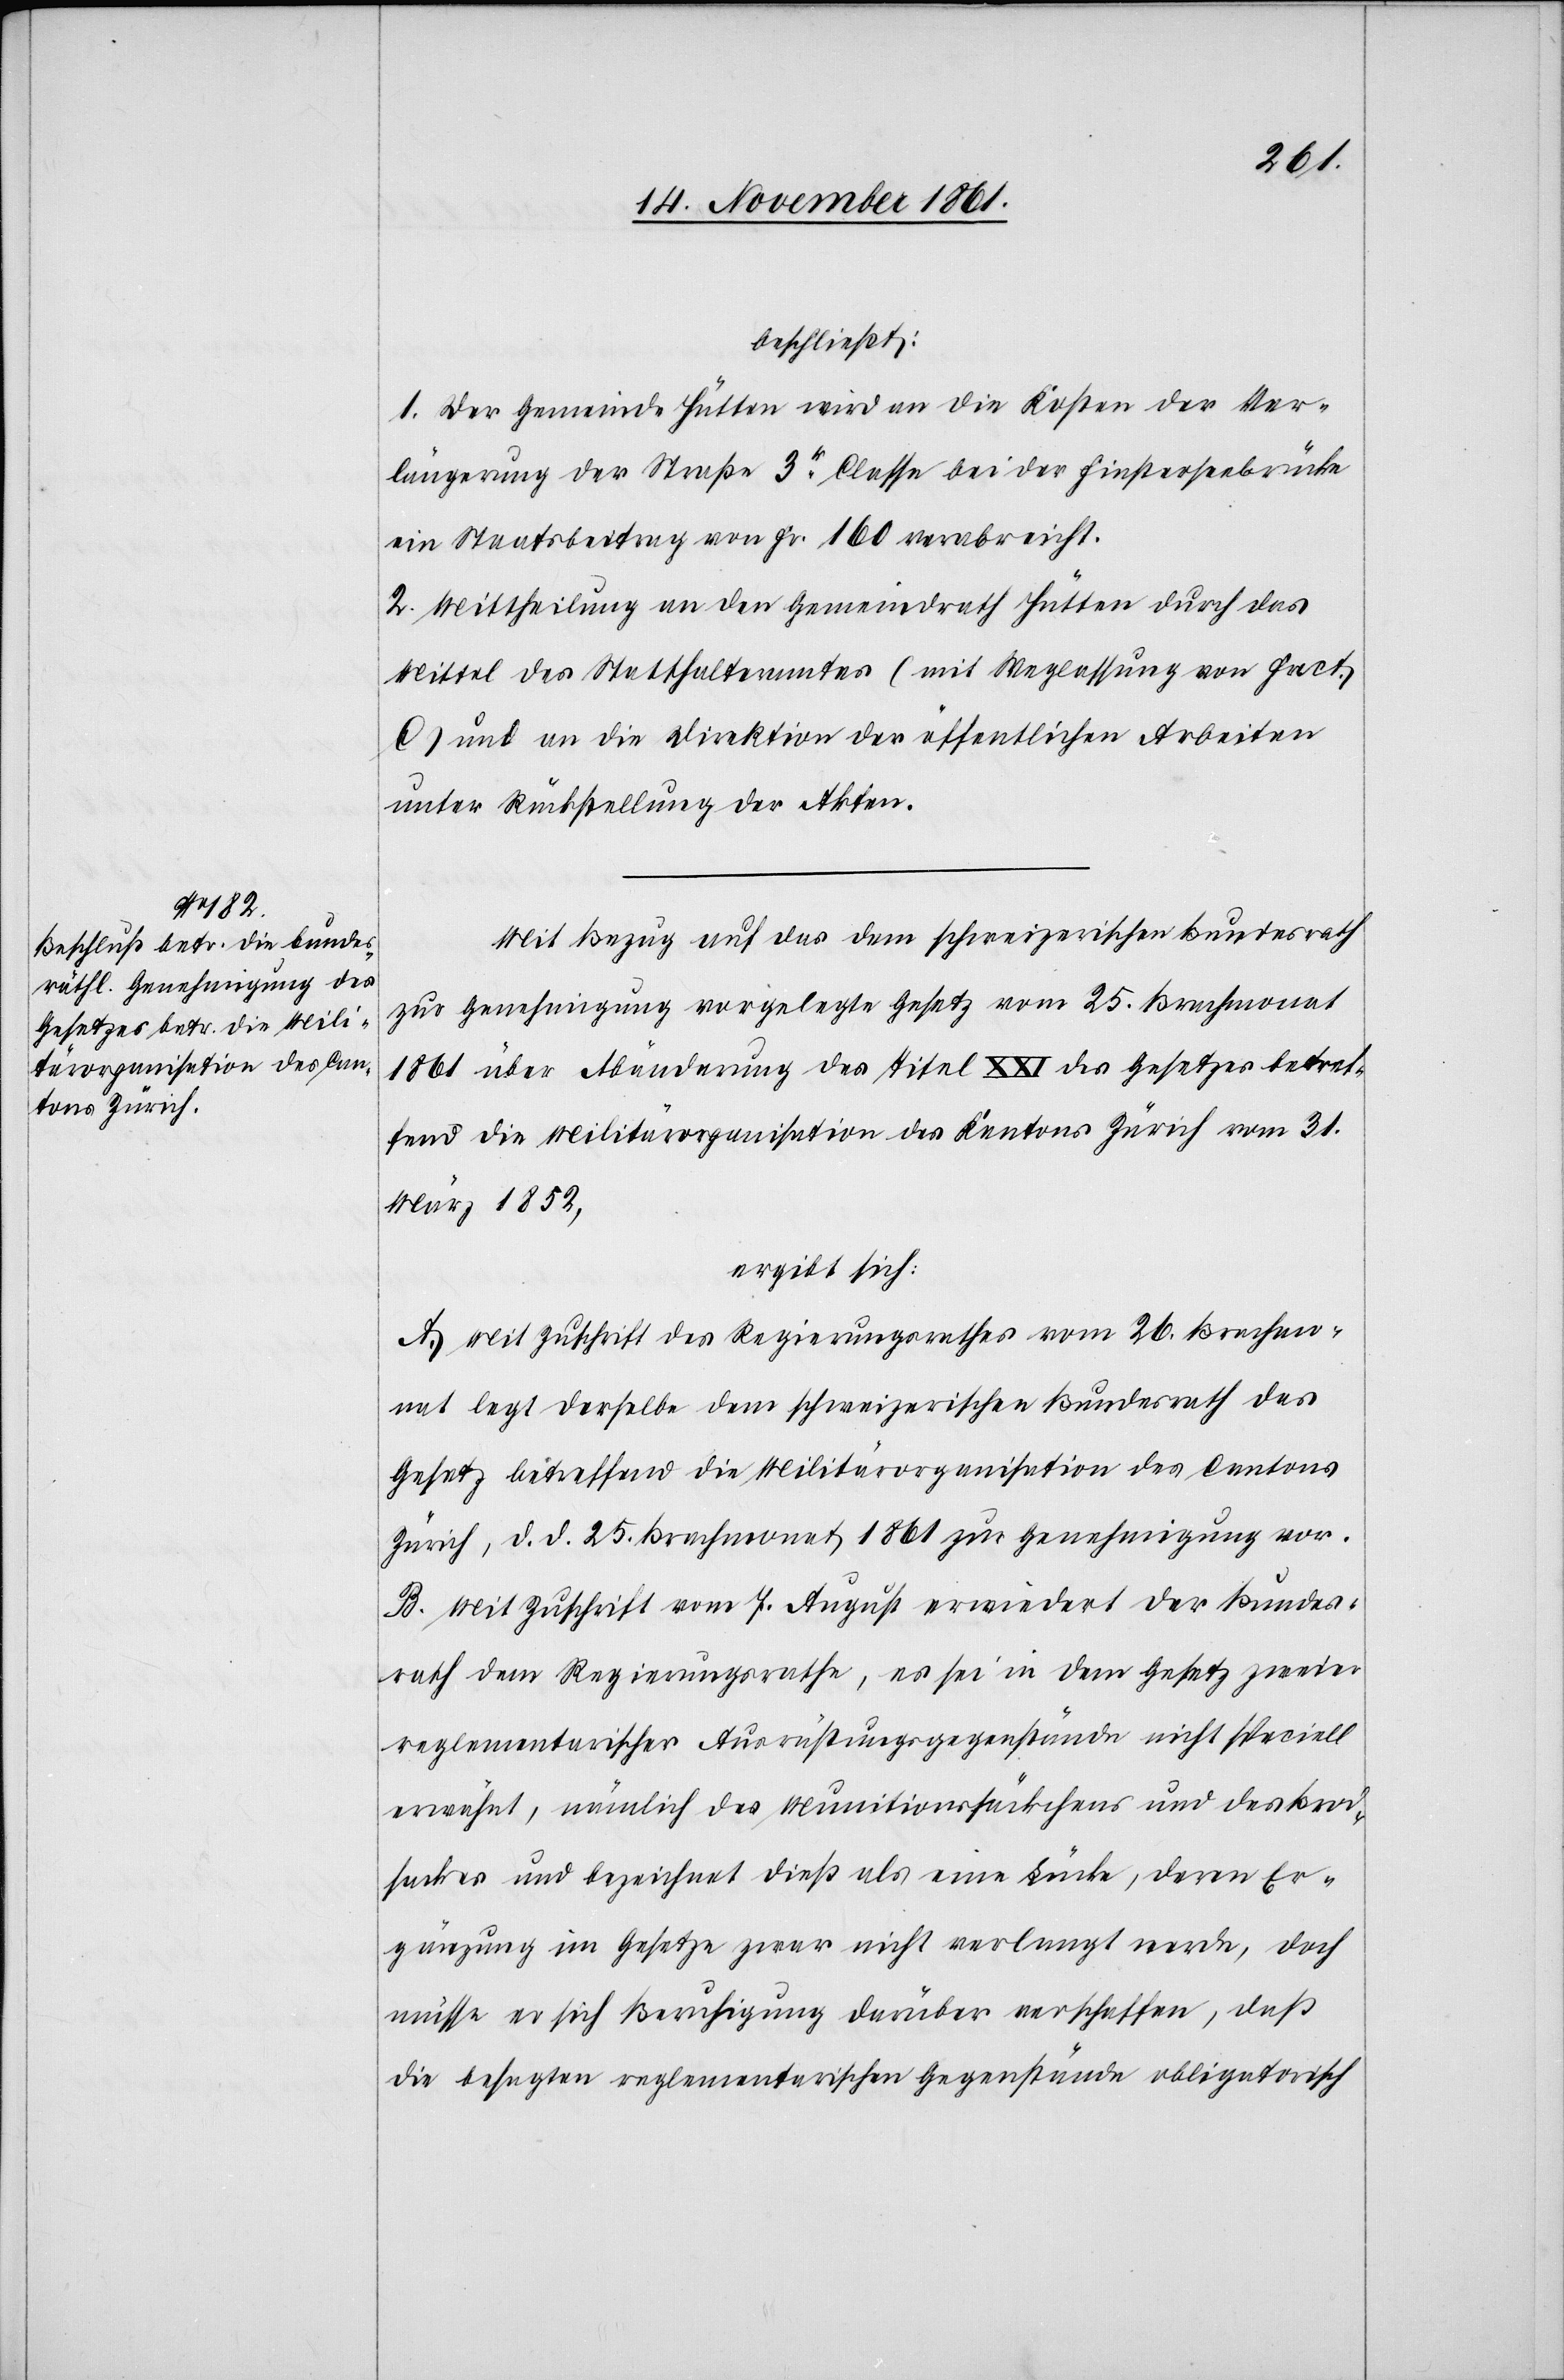
beschließt:
1. Der Gemeinde Hütten wird an die Kosten der Ver¬
längerung der Straße 3r Classe bei der Finsterseebrücke
ein Staatsbeitrag von Fr. 160 verabreicht.
2. Mittheilung an den Gemeindrath Hütten durch das
Mittel des Statthalteramtes (mit Weglassung von Fact.
C.) und an die Direktion der öffentlichen Arbeiten
unter Rückstellung der Akten.
Mit Bezug auf das dem schweizerischen Bundesrath
zur Genehmigung vorgelegte Gesetz vom 25 Brachmonat
1861 über Abänderung des Titel XXI des Gesetzes betref¬
fend die Militärorganisation des Kantons Zürich vom 31
März 1852,
ergibt sich:
A. Mit Zuschrift des Regierungsrathes vom 26 Brachmo¬
nat legt derselbe dem schweizerischen Bundesrath das
Gesetz betreffend die Militärorganisation des Cantons
Zürich, d. d. 25 Brachmonat 1861 zur Genehmigung vor.
B. Mit Zuschrift vom 7 August erwiedert der Bundes¬
rath dem Regierungsrathe, es sei in dem Gesetz zweier
reglementarischer Ausrüstungsgegenstände nicht speciell
erwähnt, nämlich des Munitionssäckchens und des Brod¬
sackes und bezeichnet dieß als eine Lücke, deren Er¬
gänzung im Gesetze zwar nicht verlangt werde, doch
müsse er sich Beruhigung darüber verschaffen, daß
die besagten reglementarischen Gegenstände obligatorisch